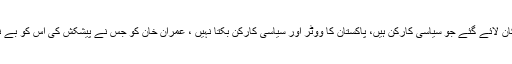
بدھ کو قومی اسمبلی میں وزیر مملکت چوہدری جعفر اقبال نے کہا کہ سینٹ میں بہت سے ایسے ارکان لائے گئے جو سیاسی کارکن ہیں، پاکستان کا ووٹر اور سیاسی کارکن بکتا نہیں ، عمران خان کو جس نے پیشکش کی اس کو بے نقاب کریں، 2013ء کے مینڈیٹ کے حوالے سے دھرنے میں لگائے گئے الزامات غلط ثابت ہوئے۔